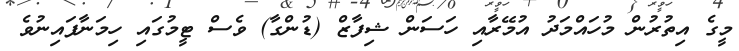
މީގެ އިތުރުން މުހައްމަދު އުމޭރާއި ހަސަން ޝިފާޒް (ޑުންގާ) ވެސް ޓީމުގައި ހިމަނާފައިނުވެ